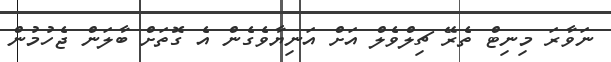
ނަވާރަ މިނިޓް ތެރޭ ޗިލްވެލް އަށް އަނިޔާވެގެން އެ ގޮތަށް ބާލަން ޖެހުމުން